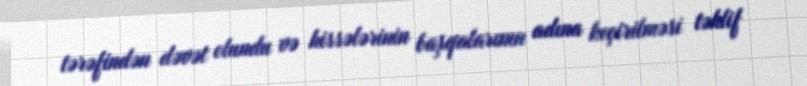
tərəfindən dəvət olundu və hissələrinin başqalarının adına keçirilməsi təklif